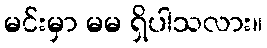
မင်းမှာ မမ ရှိပါသလား။